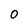
Character: 0